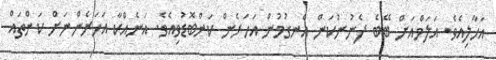
އަހާލިއެވެ. އަލަމްއަށް ބޭބެ ފެނުނުކަން އެނގުމުން އަހަރެން ކަންބޮޑުވިއެވެ. އަނެއްކާ އަހަރެންނަށް ކަންތައް